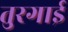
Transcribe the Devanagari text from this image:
तुरगाई